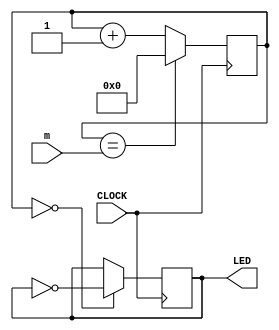
`timescale 1ns / 1ps
//////////////////////////////////////////////////////////////////////////////////
// Company: 
// Engineer: 
// 
// Design Name: 
// Module Name: clock_generator_20
// Project Name: 
// Target Devices: 
// Tool Versions: 
// Description: 
// 
// Dependencies: 
// 
// Revision:
// Revision 0.01 - File Created
// Additional Comments:
// 
//////////////////////////////////////////////////////////////////////////////////


module clock_generator_20(
    input CLOCK,
    input [31:0] m,
    output reg LED = 0
    );
    
    reg [31:0] COUNT = 0;
    
    always @ (posedge CLOCK) begin
        COUNT <= (COUNT == m) ? 0 : COUNT + 1;
        LED <= (COUNT == 0) ? ~LED : LED;
    end
    
        
endmodule